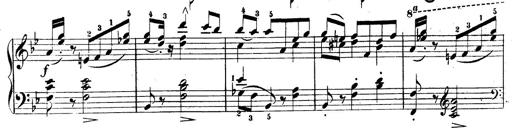
Title: 3 Caprices-Valses
Composer: Franz Liszt